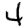
Digit: 4